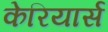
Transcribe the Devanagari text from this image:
केरियार्स